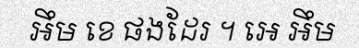
អឹម ខេ ផងដែរ ។ អេ អឹម